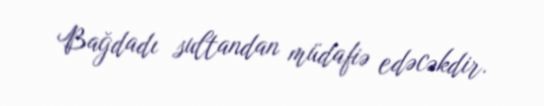
Bağdadı sultandan müdafiə edəcəkdir.